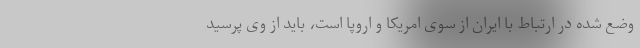
وضع شده در ارتباط با ایران از سوی امریکا و اروپا است، باید از وی پرسید